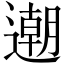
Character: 𨗛